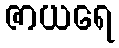
ဇာယရေ